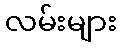
လမ်းများ